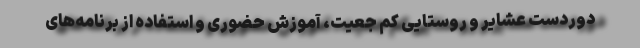
دوردست عشایر و روستایی کم جعیت، آموزش حضوری و استفاده از برنامه‌های